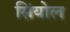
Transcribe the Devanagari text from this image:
सिंयोल